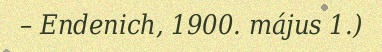
– Endenich, 1900. május 1.)